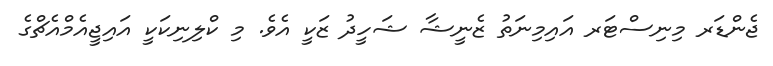
ޖެންޑަރ މިނިސްޓަރ އައިމިނަތު ޒެނީޝާ ޝަހީދު ޒަކީ އެވެ. މި ކްލިނިކަކީ އައިޖީއެމްއެޗްގެ